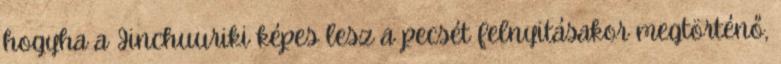
hogyha a Jinchuuriki képes lesz a pecsét felnyitásakor megtörténő,